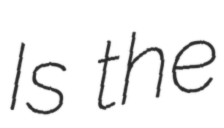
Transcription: Is the